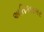
અતિકારગર